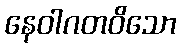
နေဝါဂတဝိသော